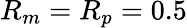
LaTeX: R_{m}=R_{p}=0.5